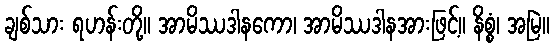
ချစ်သား ရဟန်းတို့။ အာမိဿဒါနကော၊ အာမိဿဒါနအားဖြင့်။ နိစ္စံ၊ အမြဲ။